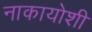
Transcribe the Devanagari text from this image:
नाकायोशी